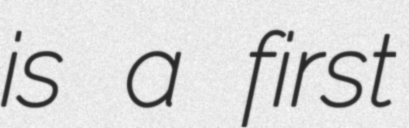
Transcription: is a first